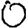
Digit: 0